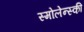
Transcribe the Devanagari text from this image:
स्मोलेन्स्की